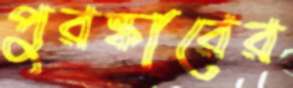
পুরষ্কারের